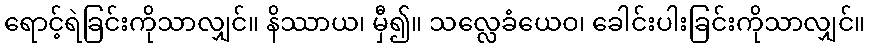
ရောင့်ရဲခြင်းကိုသာလျှင်။ နိဿာယ၊ မှီ၍။ သလ္လေခံယေဝ၊ ခေါင်းပါးခြင်းကိုသာလျှင်။